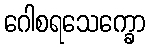
ဂေါစရသေက္ခော